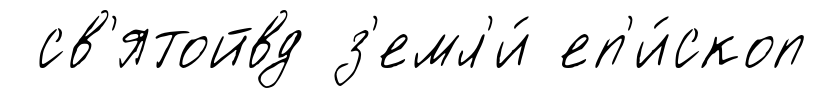
св'ятойвд з'емл'и́ еп'и́скоп